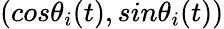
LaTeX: (cos\theta_{i}(t),sin\theta_{i}(t))